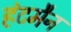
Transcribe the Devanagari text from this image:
हंटमैन